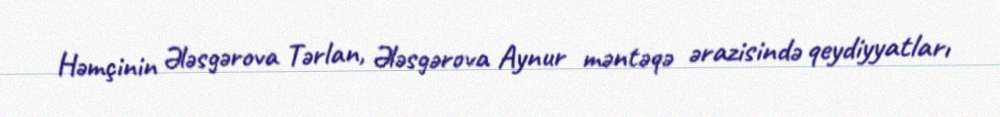
Həmçinin Ələsgərova Tərlan, Ələsgərova Aynur məntəqə ərazisində qeydiyyatları